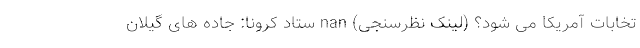
تخابات آمریکا می شود؟ (لینک نظرسنجی) nan ستاد کرونا: جاده های گیلان